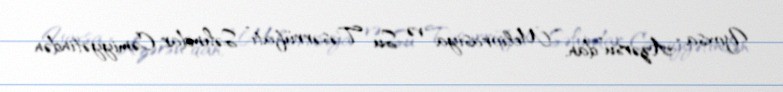
Yoxsa “Azərsu”dan, “Meliorasiya və Su Təsərrüfatı” Səhmdar Cəmiyyətindən